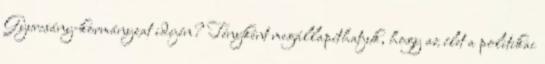
Gyurcsány-kormányzat idején? Tényként megállapíthatjuk, hogy az élet a politikai